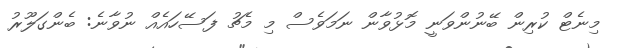
މިނެޓް ކުރިން ބޭނުންވަނީ މޮޅުވާން ނަމަވެސް މި މެޗު ފަސޭހައެއް ނުވާނެ: ބެންގަލޫރު